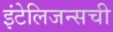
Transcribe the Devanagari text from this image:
इंटेलिजन्सची